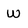
Character: w